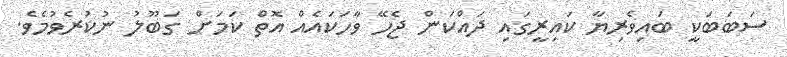
ސަބަބަކީ ބައިވެރިޔާ ކައިރީގައި ދައްކަން ޖެހޭ ވާހަކައެއް އޮތް ކަމަށް ގަބޫލު ނުކުރެވުމެވެ.